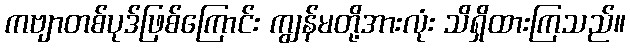
ကဗျာတစ်ပုဒ်ဖြစ်ကြောင်း ကျွန်မတို့အားလုံး သိရှိထားကြသည်။